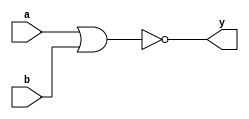
module norgate (y,a,b);  
input a, b;
output y;
assign y = ~(a | b);
endmodule